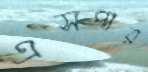
এসপার